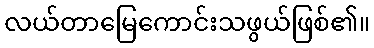
လယ်တာမြေကောင်းသဖွယ်ဖြစ်၏။